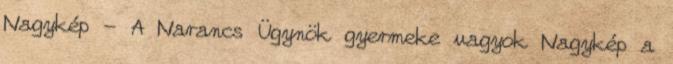
Nagykép - A Narancs Ügynök gyermeke vagyok Nagykép a